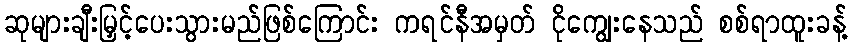
ဆုများချီးမြှင့်ပေးသွားမည်ဖြစ်ကြောင်း ကရင်နီအမှတ် ငိုကျွေးနေသည် စစ်ရာထူးခန့်